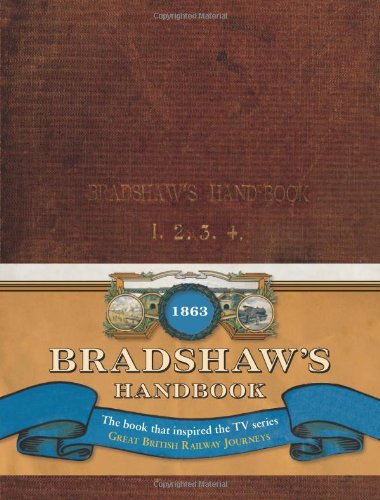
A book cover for Bradshaw's Handbook (Old House); George Bradshaw; Travel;